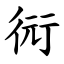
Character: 衏